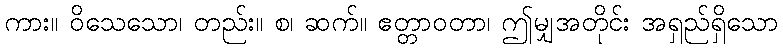
ကား။ ဝိသေသော၊ တည်း။ စ၊ ဆက်။ ဧတ္တာဝတာ၊ ဤမျှအတိုင်း အရှည်ရှိသော